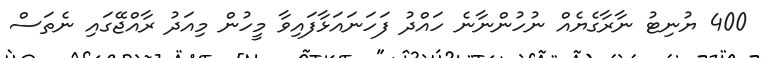
400 ޔުނިޓު ނާރާގެޔެއް ނުހުންނާނެ ހައްދު ފަހަނައަޅާފައިވާ މީހުން މިއަދު ރާއްޖޭގައި ނެތަސް